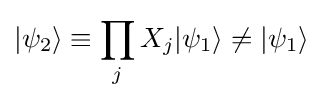
|\psi _{2}\rangle \equiv \prod _{j}X_{j}|\psi _{1}\rangle \neq |\psi _{1}\rangle